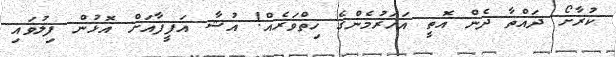
ކުރާށޯ ދައްތާ ދެން އޮތީ އަހަރުމެންގެ ހިތްވަރެއް! އުޝާ އަފީފާއަށް އޮޅުން ފިލުވައި